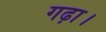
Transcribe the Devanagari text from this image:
गढ़ा।